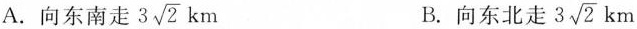
A.向东南走 3\sqrt{2}km B.向东北走3\sqrt{2}km